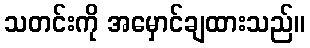
သတင်းကို အမှောင်ချထားသည်။